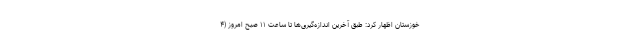
خوزستان اظهار کرد: طبق آخرین اندازه‌گیری‌ها تا ساعت ۱۱ صبح امروز (۴